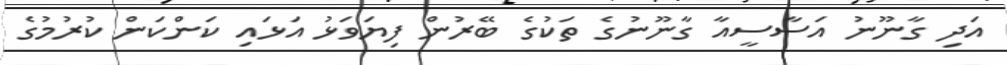
އަދި ގާނޫނު އަސާސީއާ ގާނޫނުގެ ތަކުގެ ބޭރުން ފިޔަވަޅު އަޅައި ކަންކަން ކުރުމުގެ